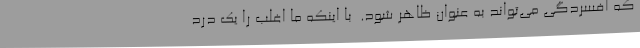
که افسردگی می‌تواند به عنوان ظاهر شود.  با اینکه ما اغلب را یک درد